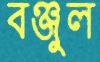
বঞ্জুল